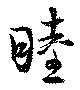
睦